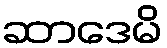
ဆာဒေမိ